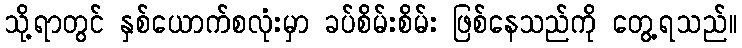
သို့ရာတွင် နှစ်ယောက်စလုံးမှာ ခပ်စိမ်းစိမ်း ဖြစ်နေသည်ကို တွေ့ရသည်။